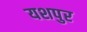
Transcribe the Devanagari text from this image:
यशपुर